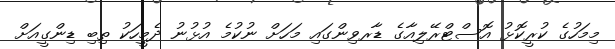
މިމަހުގެ ކުރީކޮޅު އޮސްޓްރޭލިއާގެ ޑާރވިންގައި މަހަށް ނުކުމެ އުޅުނު ދެމީހަކު ތިބި ޑިންގީއަށް